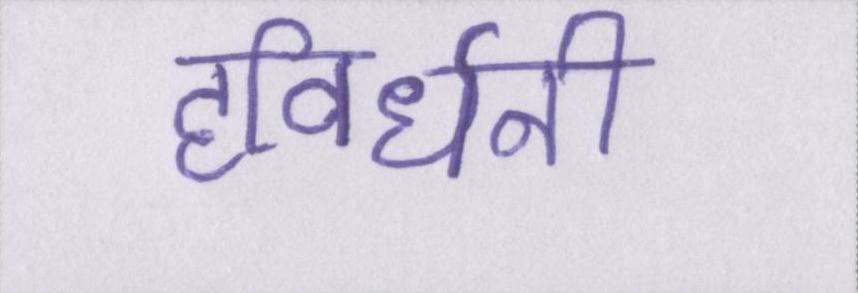
हविर्धनी